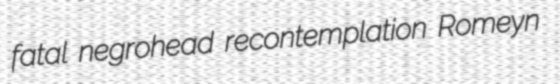
fatal negrohead recontemplation Romeyn